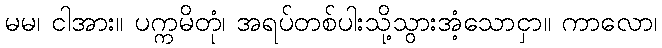
မမ၊ ငါအား။ ပက္ကမိတုံ၊ အရပ်တစ်ပါးသို့သွားအံ့သောငှာ။ ကာလော၊